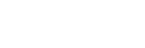
ပက္ကမိတဗ္ဗာတိ